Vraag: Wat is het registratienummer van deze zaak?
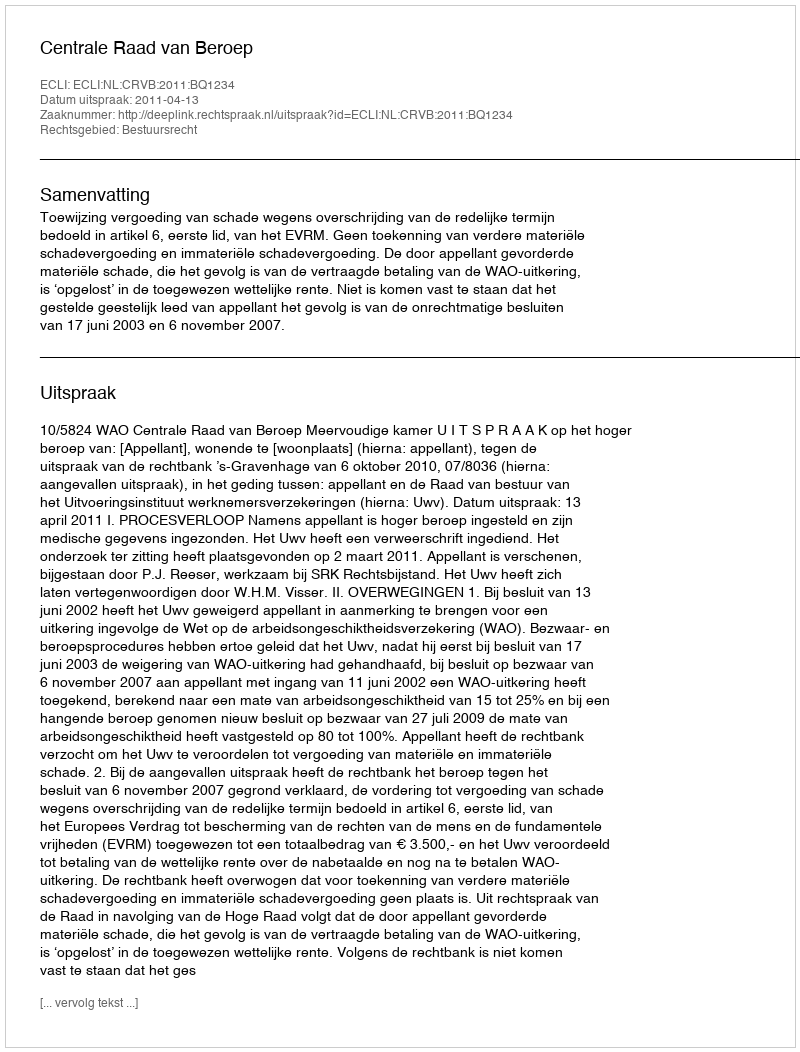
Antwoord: http://deeplink.rechtspraak.nl/uitspraak?id=ECLI:NL:CRVB:2011:BQ1234